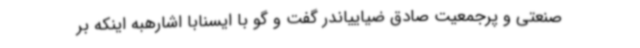
صنعتی و پرجمعیت صادق ضیاییاندر گفت و گو با ایسنابا اشارهبه اینکه بر